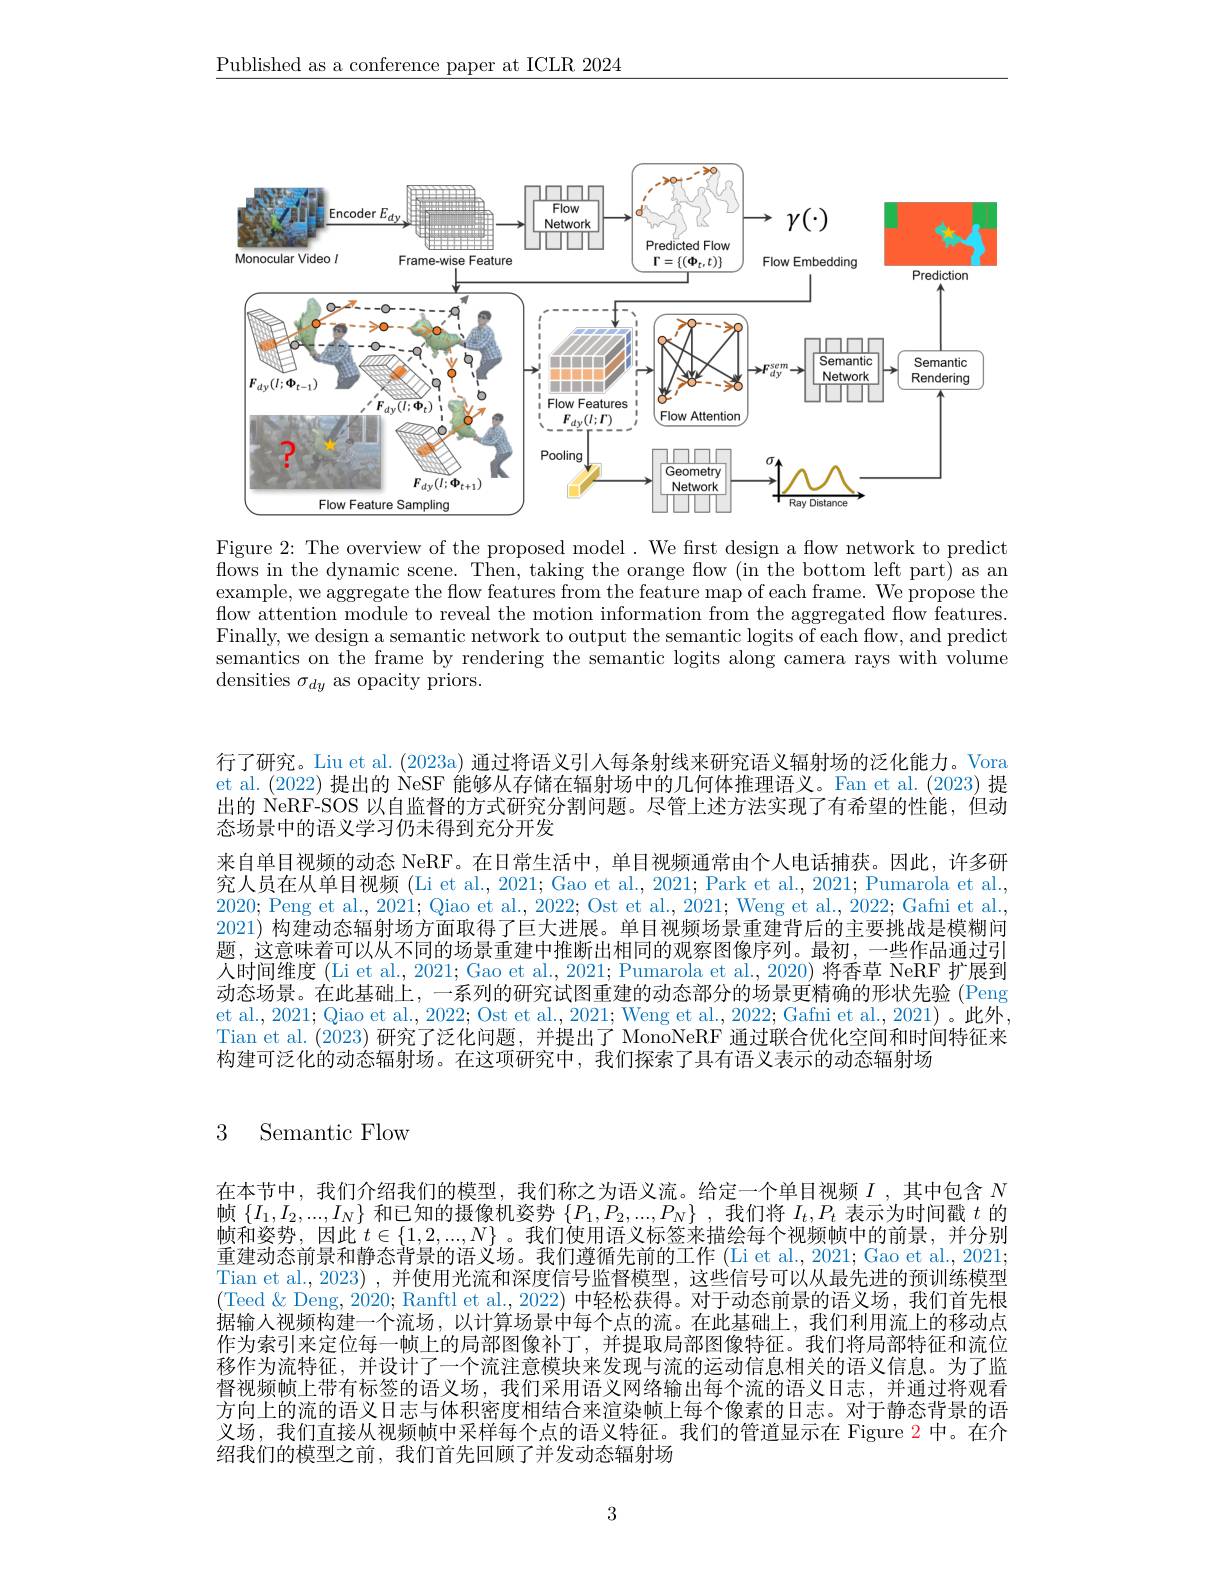
$\underline{\text{Published as a conference paper at ICLR 2024}}$

<FigureHere>

Figure 2: The overview of the proposed model. We frst design a flow network to predict flows in the dynamic scene. Then, taking the orange flow (in the bottom left part) as an example, we aggregate the flow features from the feature map of each frame. We propose the flow attention module to reveal the motion information from the aggregated flow features. Finally, we design a semantic network to output the semantic logits of each flow, and predict semantics on the frame by rendering the semantic logits along camera rays with volume densities $\sigma_dy$ as opacity priors.

行了研究。Liu et al. (2023a) 通过将语义引人每条射线来研究语义辐射场的泛化能力。Vora et al.(2022) 提出的 NeSF 能够从存储在辐射场中的几何体推理语义。Fan et al.(2023) 提出的 NeRF-SOS 以自监督的方式研究分割问题。尽管上述方法实现了有希望的性能，但动态场景中的语义学习仍未得到充分开发
来自单目视频的动态 NeRF。在日常生活中，单目视频通常由个人电话捕获。因此，许多研究人员在从单目视频 (Li et al., 2021; Gao et al., 2021; Park et al., 2021; Pumarola et al., 2020; Peng et al., 2021; Qiao et al., 2022; Ost et al., 2021; Weng et al., 2022; Gafni et al., 2021) 构建动态辐射场方面取得了巨大进展。单目视频场景重建背后的主要挑战是模糊问题，这意味着可以从不同的场景重建中推断出相同的观察图像序列。最初，一些作品通过引人时间维度 (Li et al., 2021; Gao et al., 2021; Pumarola et al., 2020) 将香草 NeRF 扩展到动态场景。在此基础上，一系列的研究试图重建的动态部分的场景更精确的形状先验 (Peng et al., 2021; Qiao et al., 2022; Ost et al., 2021; Weng et al., 2022; Gafni et al., 2021) 。此外Tian et al.(2023) 研究了泛化问题，并提出了 MonoNeRF 通过联合优化空间和时间特征来构建可泛化的动态辐射场。在这项研究中，我们探索了具有语义表示的动态辐射场

## 3 Semantic Flow

在本节中，我们介绍我们的模型，我们称之为语义流。给定一个单目视频$I$ ,其中包含$N$ 帧$\left\{I_1,I_2,...,I_N\right\}$和已知的摄像机姿势$\left\{P_1,P_2,...,P_N\right\}$,我们将$I_t,P_t$表示为时间戳$t$ 的帧和姿势，因此$t\in\{1,2,...,N\}$。我们使用语义标签来描绘每个视频帧中的前景，并分别重建动态前景和静态背景的语义场。我们遵循先前的工作 (Li et al., 2021; Gao et al., 2021; Tian et al., 2023) , 并使用光流和深度信号监督模型 , 这些信号可以从最先进的预训练模型(Teed & Deng, 2020; Ranftl et al., 2022) 中轻松获得。对于动态前景的语义场，我们首先根据输入视频构建一个流场，以计算场景中每个点的流。在此基础上，我们利用流上的移动点作为索引来定位每一帧上的局部图像补丁，并提取局部图像特征。我们将局部特征和流位移作为流特征，并设计了一个流注意模块来发现与流的运动信息相关的语义信息。为了监督视频帧上带有标签的语义场，我们采用语义网络输出每个流的语义日志，并通过将观看方向上的流的语义日志与体积密度相结合来渲染帧上每个像素的日志。对于静态背景的语义场，我们直接从视频帧中采样每个点的语义特征。我们的管道显示在 Figure 2 中。在介绍我们的模型之前，我们首先回顾了并发动态辐射场

3